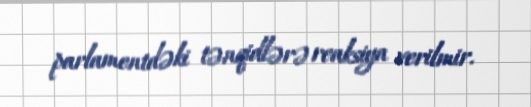
parlamentdəki tənqidlərə reaksiya verilmir.